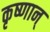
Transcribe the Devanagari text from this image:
कृष्णान्‌